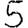
Digit: 5